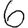
Digit: 6